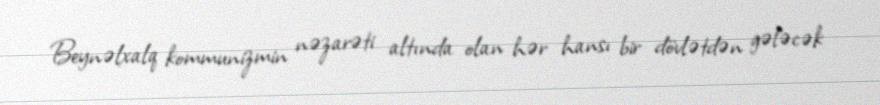
Beynəlxalq kommunizmin nəzarəti altında olan hər hansı bir dövlətdən gələcək